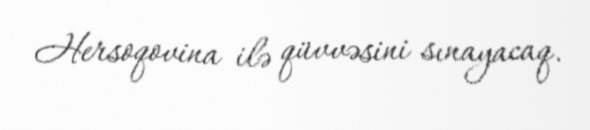
Hersoqovina ilə qüvvəsini sınayacaq.